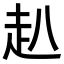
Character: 𧺍